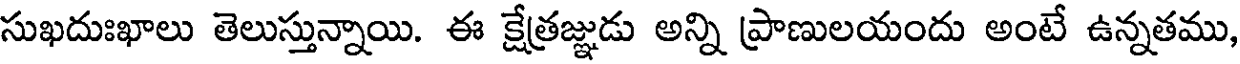
సుఖదుఃఖాలు తెలుస్తున్నాయి. ఈ క్షేత్రజ్ఞుడు అన్ని ప్రాణులయందు అంటే ఉన్నతము,